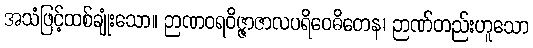
အသံဖြင့်ထစ်ချုံးသော။ ဉာဏဝရဝိဇ္ဇာဇာလပရိဝေဓိတေန၊ ဉာဏ်တည်းဟူသော